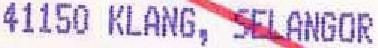
41150 KLANG, SELANGOR